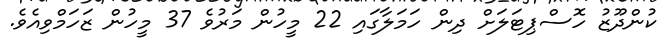
ކުންދޫޒު ހޮސްޕިޓަލަށް ދިން ހަމަލާގައި 22 މީހުން މަރުވެ 37 މީހުން ޒަހަމްވިއެވެ.